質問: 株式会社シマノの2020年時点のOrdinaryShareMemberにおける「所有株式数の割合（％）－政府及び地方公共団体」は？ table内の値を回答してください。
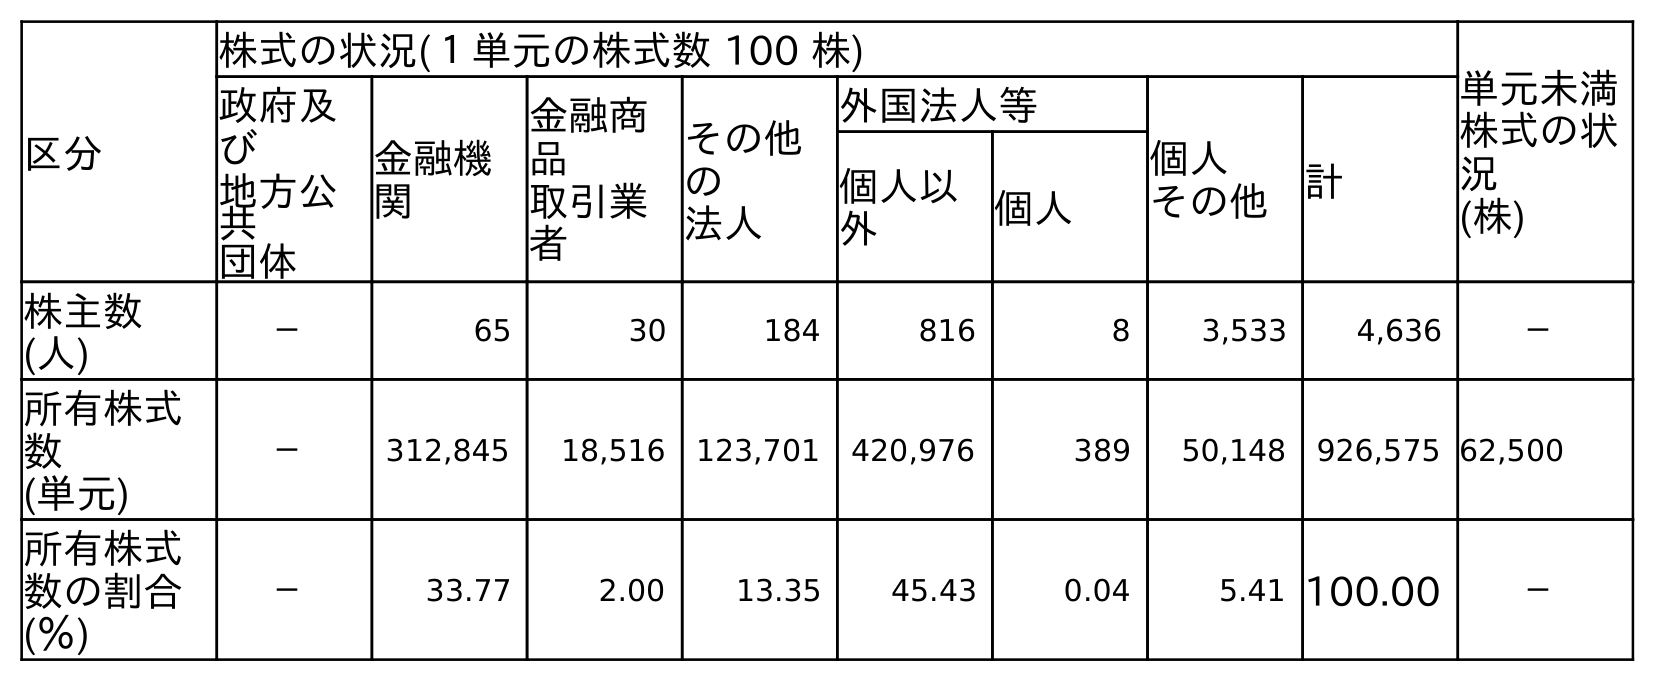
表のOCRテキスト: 区分 株式の状況(１単元の株式数 100 株) 単元未満 株式の状 況 (株) 政府及 び 地方公 共 団体 金融機 関 金融商 品 取引業 者 その他 の 法人 外国法人等 個人 その他 計 個人以 外 個人 株主数 (人) － 65 30 184 816 8 3,533 4,636 － 所有株式 数 (単元) － 312,845 18,516 123,701 420,976 389 50,148 926,575 62,500 所有株式 数の割合 (％) － 33.77 2.00 13.35 45.43 0.04 5.41 100.00 －
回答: －